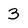
Character: 3